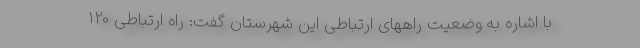
با اشاره به وضعیت راههای ارتباطی این شهرستان گفت: راه ارتباطی ۱۲۰